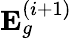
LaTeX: \mathbf{E}_{g}^{(i+1)}